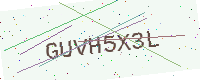
Text: GUVH5X3L